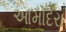
આમોદરા